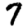
Digit: 7